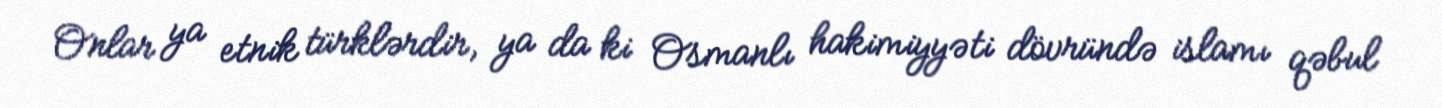
Onlar ya etnik türklərdir, ya da ki Osmanlı hakimiyyəti dövründə islamı qəbul